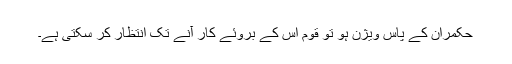
حکمران کے پاس ویژن ہو تو قوم اس کے بروئے کار آنے تک انتظار کر سکتی ہے۔